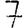
Digit: 7